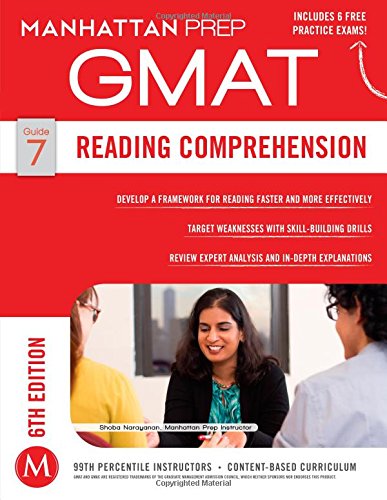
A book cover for GMAT Reading Comprehension (Manhattan Prep GMAT Strategy Guides); Manhattan Prep; Test Preparation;